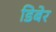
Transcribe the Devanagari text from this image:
डिबेर